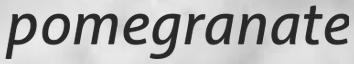
pomegranate